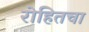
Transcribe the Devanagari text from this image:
रोहितचा